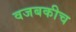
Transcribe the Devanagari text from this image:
वजबकीच